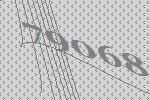
79068